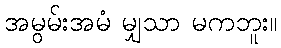
အမွမ်းအမံ မျှသာ မကဘူး။